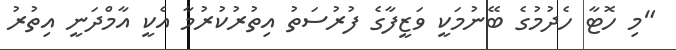
"މި ހޮޓާ ހެދުމުގެ ބޭނުމަކީ ވަޒީފާގެ ފުރުސަތު އިތުރުކުރުމާ އެކީ އާމްދަނީ އިތުރު